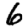
Digit: 6